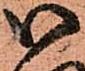
御